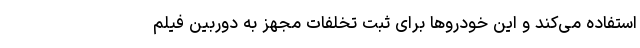
استفاده می‌کند و این خودروها برای ثبت تخلفات مجهز به دوربین فیلم‌